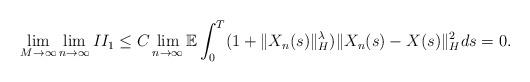
LaTeX: \begin{align*}\lim_{M\rightarrow\infty}\lim_{n\rightarrow\infty} II_1 \leq C \lim_{n\rightarrow\infty}\mathbb{E} \int_0^{T} (1+\Vert X_n(s)\Vert_H^{\lambda}) \Vert X_n(s) - X(s) \Vert_H^2 ds = 0 .\end{align*}